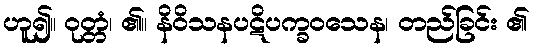
ဟူ၍။ ဝုတ္တံ၊ ၏။ နိဝိသနပဋိပက္ခဝသေန၊ တည်ခြင်း ၏